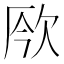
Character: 𣢬